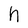
Character: h